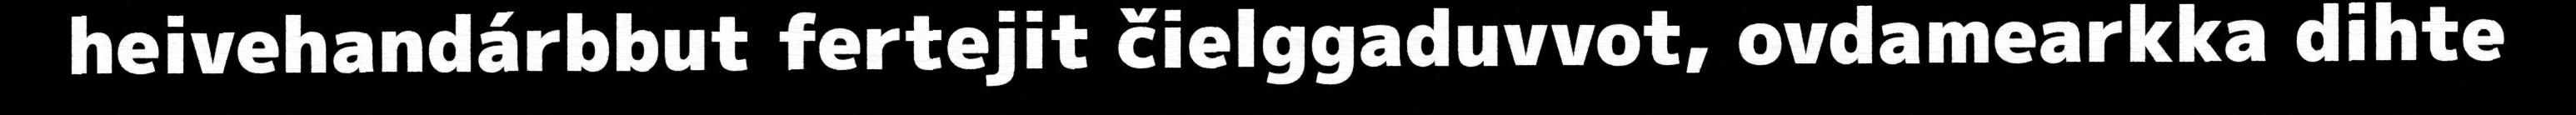
heivehandárbbut fertejit čielggaduvvot, ovdamearkka dihte